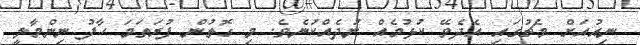
ނިއުއަށް މެޗުގައި އެދެވޭ ކުޅުމެއް ނުދެއްކުނެވެ. މި ގޮތުން ފުރަތަމަ ހާފު ނިންމާލީ